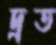
দ্রত